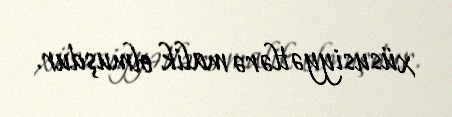
xüsusiyyətlərə malik olmuşdur.